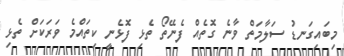
މިބައިގަނޑު ސަލާމަތް ވާނެ ގޮތެއް ފެނޭތޯ ތެޅި ފޮޅެނީ ކިތައްމެ ވަރަކަށް ތެޅި